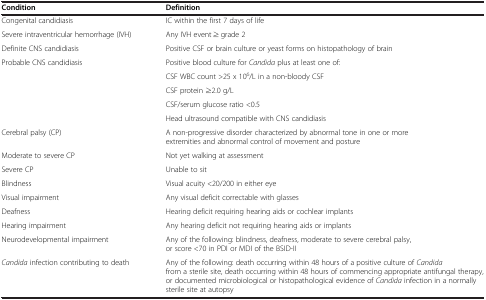
<table><thead><tr><td><b>Condition</b></td><td><b>Definition</b></td></tr></thead><tbody><tr><td>Congenital candidiasis</td><td>IC within the first 7 days of life</td></tr><tr><td>Severe intraventricular hemorrhage (IVH)</td><td>Any IVH event ≥ grade 2</td></tr><tr><td>Definite CNS candidiasis</td><td>Positive CSF or brain culture or yeast forms on histopathology of brain</td></tr><tr><td>Probable CNS candidiasis</td><td>Positive blood culture for <i>Candida</i> plus at least one of:</td></tr><tr><td> </td><td>CSF WBC count &gt;25 x 10<sup>6</sup>/L in a non-bloody CSF</td></tr><tr><td> </td><td>CSF protein ≥2.0 g/L</td></tr><tr><td> </td><td>CSF/serum glucose ratio &lt;0.5</td></tr><tr><td> </td><td>Head ultrasound compatible with CNS candidiasis</td></tr><tr><td>Cerebral palsy (CP)</td><td>A non-progressive disorder characterized by abnormal tone in one or more extremities and abnormal control of movement and posture</td></tr><tr><td>Moderate to severe CP</td><td>Not yet walking at assessment</td></tr><tr><td>Severe CP</td><td>Unable to sit</td></tr><tr><td>Blindness</td><td>Visual acuity &lt;20/200 in either eye</td></tr><tr><td>Visual impairment</td><td>Any visual deficit correctable with glasses</td></tr><tr><td>Deafness</td><td>Hearing deficit requiring hearing aids or cochlear implants</td></tr><tr><td>Hearing impairment</td><td>Any hearing deficit not requiring hearing aids or implants</td></tr><tr><td>Neurodevelopmental impairment</td><td>Any of the following: blindness, deafness, moderate to severe cerebral palsy, or score &lt;70 in PDI or MDI of the BSID-II</td></tr><tr><td><i>Candida</i> infection contributing to death</td><td>Any of the following: death occurring within 48 hours of a positive culture of <i>Candida</i> from a sterile site, death occurring within 48 hours of commencing appropriate antifungal therapy, or documented microbiological or histopathological evidence of <i>Candida</i> infection in a normally sterile site at autopsy</td></tr></tbody></table>